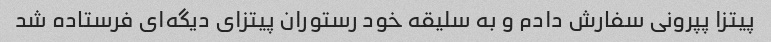
پیتزا پپرونی سفارش دادم و به سلیقه خود رستوران پیتزای دیگه‌ای فرستاده شد